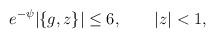
LaTeX: \begin{align*}e^{-\psi}|\{g,z\}|\le 6,\qquad |z|<1,\end{align*}